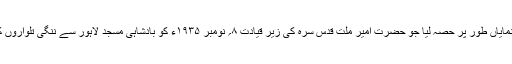
تحریک شہید گنج میں بڑی جانفشانی سے کام کیا اور اس تاریخی جلوس میں نمایاں طور پر حصہ لیا جو حضرت امیر ملّت قدس سرہ کی زیر قیادت ۸؍ نومبر ۱۹۳۵ء کو بادشاہی مسجد لاہور سے ننگی تلواروں کے ساتھ نکلا تھا اور جس سے انگریز حکومت کے اوسان خطا ہوگئے تھے۔